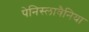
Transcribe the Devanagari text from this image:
पेनिस्लावैनिया